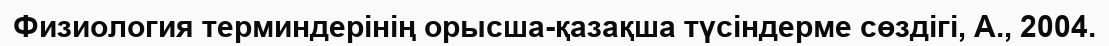
Физиология терминдерінің орысша-қазақша түсіндерме сөздігі, А., 2004.